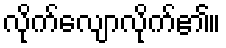
လိုက်လျောလိုက်၏။